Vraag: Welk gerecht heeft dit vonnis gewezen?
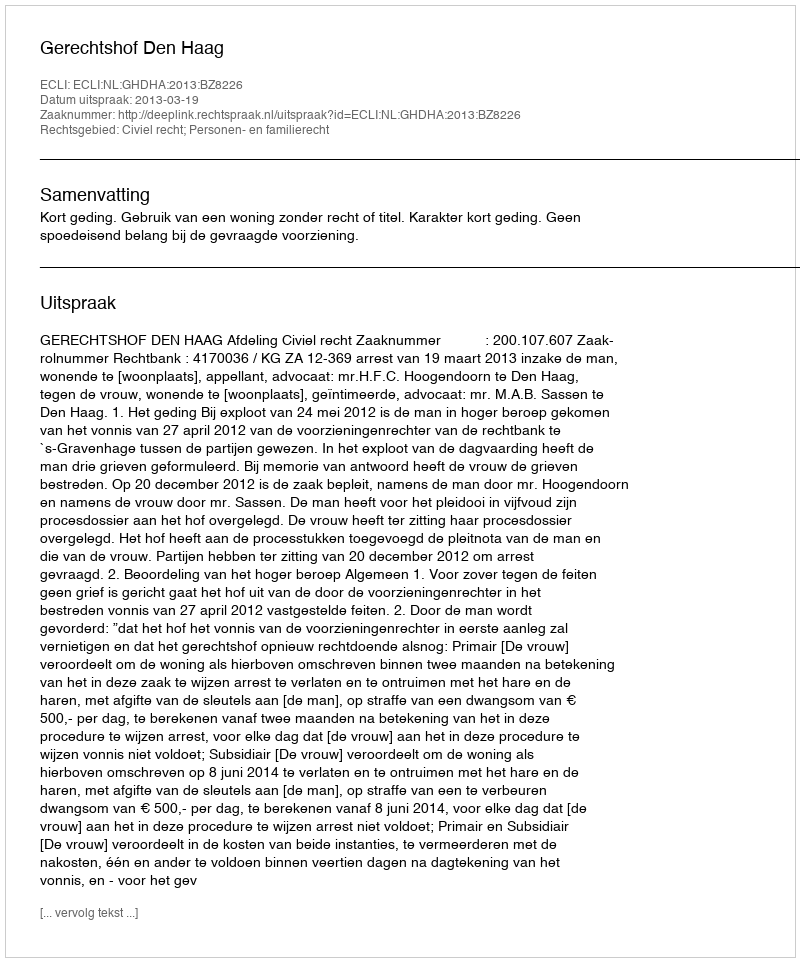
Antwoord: Gerechtshof Den Haag